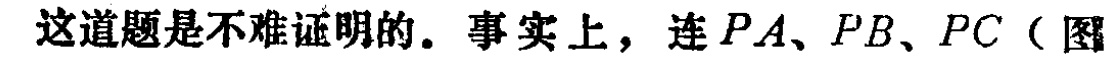
这道题是不难证明的。事实上，连 \(PA、PB、PC\)（图